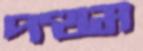
পত্থম